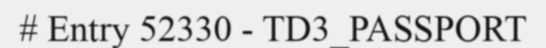
# Entry 52330 - TD3_PASSPORT